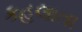
કહલાતા